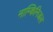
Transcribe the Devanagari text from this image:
नाम्किनिजल